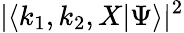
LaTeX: |\langle k_{1},k_{2},X|\Psi\rangle|^{2}